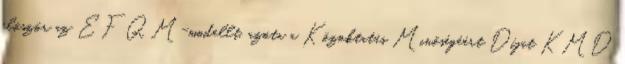
először az EFQM-modellt, azóta a Közoktatás Minőségéért Díjat KMD